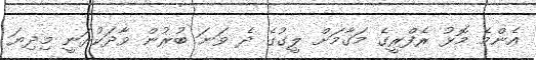
އެންމެ މޮޅު ރެފްރީގެ މަގާމަށް ލީގުގެ ދެ ވަނަ ބުރުން ވާދަކުރަނީ މިދިޔަ